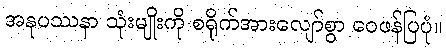
အနုပဿနာ သုံးမျိုးကို စရိုက်အားလျော်စွာ ဝေဖန်ပြပုံ။